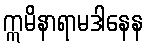
ဣမိနာရာမဒါနေန